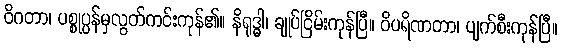
ဝိဂတာ၊ ပစ္စုပ္ပန်မှလွတ်ကင်းကုန်၏။ နိရုဒ္ဓါ၊ ချုပ်ငြိမ်းကုန်ပြီ။ ဝိပရိဏတာ၊ ပျက်စီးကုန်ပြီ။